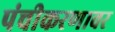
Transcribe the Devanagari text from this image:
पंचीकरणावर